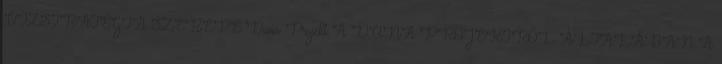
VÍZSTRATÉGIA SZEREPE Duna Projekt A DUNA PROJEKTRŐL ÁLTALÁBAN A